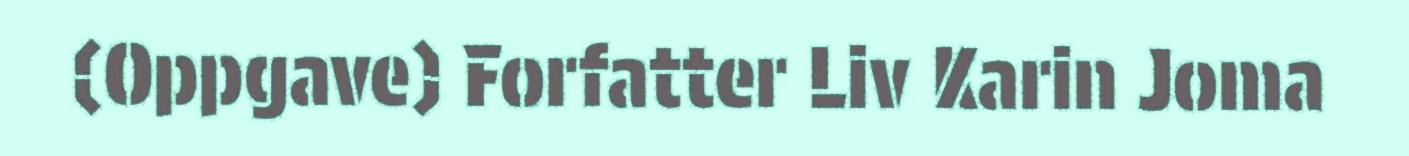
(Oppgave) Forfatter Liv Karin Joma